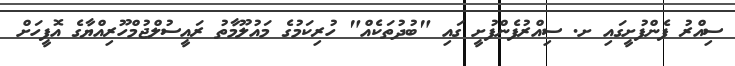
ސިއްރު ފެންފުށީގައި ށ. ސިއްރުފެންފުށީ ގައި "ބުދުތަކެއް" ހުރިކަމުގެ މައުލޫމާތު ރައީސުލްޖުމްހޫރިއްޔާގެ އޮފީހަށް